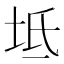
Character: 坻